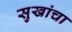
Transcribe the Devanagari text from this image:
सुखांचा